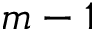
m - 1